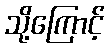
သို့ကြောင့်